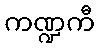
ကဏ္ဍကီ